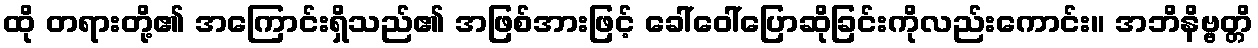
ထို တရားတို့၏ အကြောင်းရှိသည်၏ အဖြစ်အားဖြင့် ခေါ်ဝေါ်ပြောဆိုခြင်းကိုလည်းကောင်း။ အဘိနိဗ္ဗတ္တိ